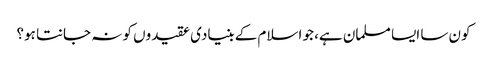
کون سا ایسا مسلمان ہے، جو اسلام کے بنیادی عقیدوں کو نہ جانتا ہو؟